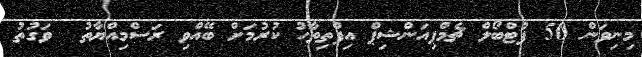
މިނިވަން 50 ފުޓްބޯލް ޗެމްޕިއަންޝިޕް އިފްތިތާހު ކުރުމަށް ބޭއްވި ރަސްމިއްޔާތު  ވަގުތު